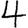
Digit: 4